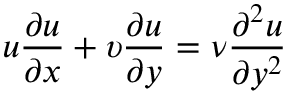
u { \frac { \partial u } { \partial x } } + \upsilon { \frac { \partial u } { \partial y } } = { \nu } { \frac { \partial ^ { 2 } u } { \partial y ^ { 2 } } }